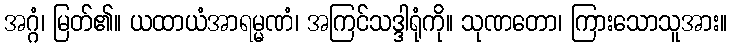
အဂ္ဂံ၊ မြတ်၏။ ယထာယံအာရမ္မဏံ၊ အကြင်သဒ္ဒါရုံကို။ သုဏတော၊ ကြားသောသူအား။